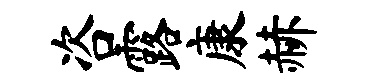
咨露康赫